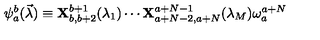
\psi _ { a } ^ { b } ( \vec { \lambda } ) \equiv { \bf X } _ { b , b + 2 } ^ { b + 1 } ( \lambda _ { 1 } ) \cdots { \bf X } _ { a + N - 2 , a + N } ^ { a + N - 1 } ( \lambda _ { M } ) \omega _ { a } ^ { a + N }